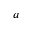
a